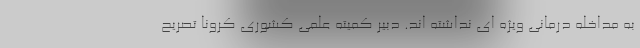
به مداخله درمانی ویژه ای نداشته اند. دبیر کمیته علمی کشوری کرونا تصریح